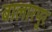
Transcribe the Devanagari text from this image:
बालारपुर